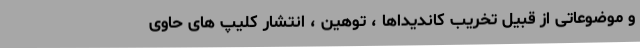
و موضوعاتی از قبیل تخریب کاندیداها ، توهین ، انتشار کلیپ های حاوی